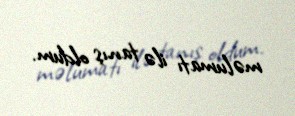
məlumatı ilə tanış oldum.